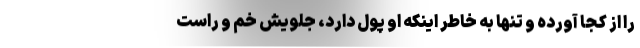
را از کجا آورده و تنها به خاطر اینکه او پول دارد، جلویش خم و راست